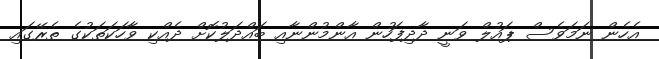
އެހެން ނަމަވެސް ޕައުލް ވަނީ ދާދިފަހުން އާންމުންނާއި ބައްދަލުކޮށް ދެއްކި ވާހަކަތަކުގެ ތެރޭގައި